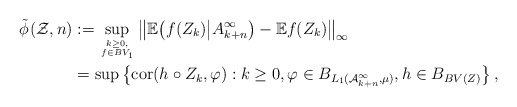
\begin{align*}\tilde \phi_{}(\mathcal Z, n) &:= \sup_{k\geq 0, \atop f \in BV_1} \big\| \mathbb{E} \big( f(Z_k) \big| A_{k+n}^{\infty} \big) - \mathbb{E} f(Z_k) \big\|_{\infty} \\&= \sup \big \{ \mathrm{cor}(h \circ Z_{k}, \varphi) : k \geq 0, \varphi \in B_{L_1(\mathcal A_{k+n}^\infty, \mu)}, h \in B_{BV(Z)} \bigr\}\, ,\end{align*}